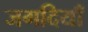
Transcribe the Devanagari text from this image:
जगदियाँ